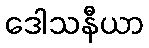
ဒေါသနီယာ